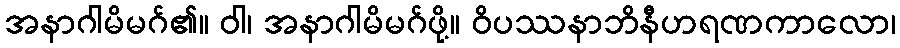
အနာဂါမိမဂ်၏။ ဝါ၊ အနာဂါမိမဂ်ဖို့။ ဝိပဿနာဘိနီဟရဏကာလော၊